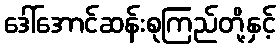
ဒေါ်အောင်ဆန်းစုကြည်တို့နှင့်